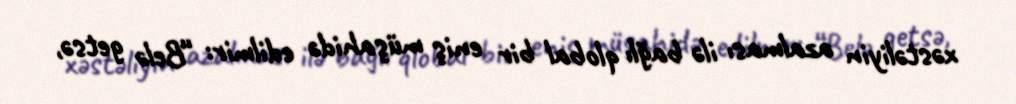
xəstəliyin azalması ilə bağlı qlobal bir eniş müşahidə edilmir: “Belə getsə,